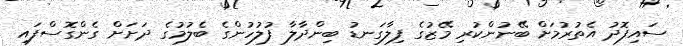
ސައިފޮދު އެތުރުމަށް ބޭނުންކުރި މޭޒުގެ ފިލާގަނޑު ބިންދާލާ ފުލުހުންގެ ބެލުމުގެ ދަށަށް ގެންގޮސްފައި